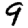
Digit: 9